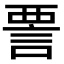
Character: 𫌺